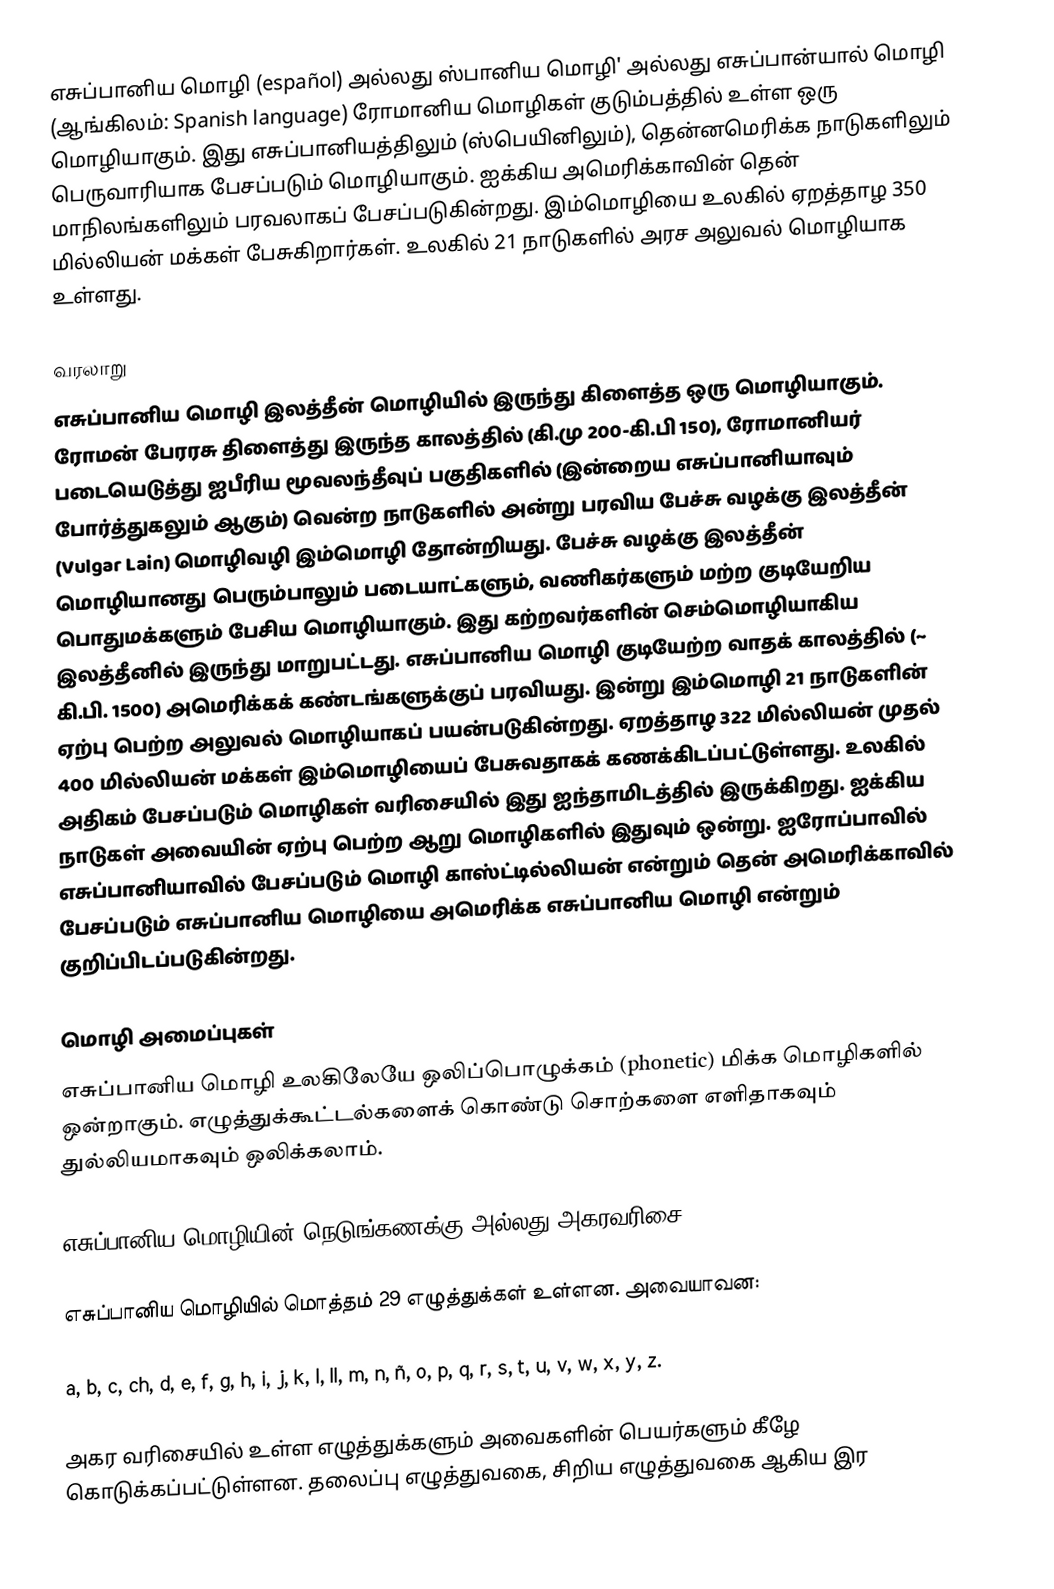
எசுப்பானிய மொழி (español) அல்லது ஸ்பானிய மொழி' அல்லது எசுப்பான்யால் மொழி (ஆங்கிலம்: Spanish language) ரோமானிய மொழிகள் குடும்பத்தில் உள்ள ஒரு மொழியாகும். இது எசுப்பானியத்திலும் (ஸ்பெயினிலும்), தென்னமெரிக்க நாடுகளிலும் பெருவாரியாக பேசப்படும் மொழியாகும். ஐக்கிய அமெரிக்காவின் தென் மாநிலங்களிலும் பரவலாகப் பேசப்படுகின்றது. இம்மொழியை உலகில் ஏறத்தாழ 350 மில்லியன் மக்கள் பேசுகிறார்கள். உலகில் 21 நாடுகளில் அரச அலுவல் மொழியாக உள்ளது.

வரலாறு
எசுப்பானிய மொழி இலத்தீன் மொழியில் இருந்து கிளைத்த ஒரு மொழியாகும். ரோமன் பேரரசு திளைத்து இருந்த காலத்தில் (கி.மு 200-கி.பி 150), ரோமானியர் படையெடுத்து ஐபீரிய மூவலந்தீவுப் பகுதிகளில் (இன்றைய எசுப்பானியாவும் போர்த்துகலும் ஆகும்) வென்ற நாடுகளில் அன்று பரவிய பேச்சு வழக்கு இலத்தீன் (Vulgar Lain) மொழிவழி இம்மொழி தோன்றியது. பேச்சு வழக்கு இலத்தீன் மொழியானது பெரும்பாலும் படையாட்களும், வணிகர்களும் மற்ற குடியேறிய பொதுமக்களும் பேசிய மொழியாகும். இது கற்றவர்களின் செம்மொழியாகிய இலத்தீனில் இருந்து மாறுபட்டது. எசுப்பானிய மொழி குடியேற்ற வாதக் காலத்தில் (~ கி.பி. 1500) அமெரிக்கக் கண்டங்களுக்குப் பரவியது. இன்று இம்மொழி 21 நாடுகளின் ஏற்பு பெற்ற அலுவல் மொழியாகப் பயன்படுகின்றது. ஏறத்தாழ 322 மில்லியன் முதல் 400 மில்லியன் மக்கள் இம்மொழியைப் பேசுவதாகக் கணக்கிடப்பட்டுள்ளது. உலகில் அதிகம் பேசப்படும் மொழிகள் வரிசையில் இது ஐந்தாமிடத்தில் இருக்கிறது. ஐக்கிய நாடுகள் அவையின் ஏற்பு பெற்ற ஆறு மொழிகளில் இதுவும் ஒன்று. ஐரோப்பாவில் எசுப்பானியாவில் பேசப்படும் மொழி காஸ்ட்டில்லியன் என்றும் தென் அமெரிக்காவில் பேசப்படும் எசுப்பானிய மொழியை அமெரிக்க எசுப்பானிய மொழி என்றும் குறிப்பிடப்படுகின்றது.

மொழி அமைப்புகள்
எசுப்பானிய மொழி உலகிலேயே ஒலிப்பொழுக்கம் (phonetic) மிக்க மொழிகளில் ஒன்றாகும். எழுத்துக்கூட்டல்களைக் கொண்டு சொற்களை எளிதாகவும் துல்லியமாகவும் ஒலிக்கலாம்.

எசுப்பானிய மொழியின் நெடுங்கணக்கு அல்லது அகரவரிசை

எசுப்பானிய மொழியில் மொத்தம் 29 எழுத்துக்கள் உள்ளன. அவையாவன:

a, b, c, ch, d, e, f, g, h, i, j, k, l, ll, m, n, ñ, o, p, q, r, s, t, u, v, w, x, y, z.

அகர வரிசையில் உள்ள எழுத்துக்களும் அவைகளின் பெயர்களும் கீழே கொடுக்கப்பட்டுள்ளன. தலைப்பு எழுத்துவகை, சிறிய எழுத்துவகை ஆகிய இர